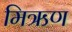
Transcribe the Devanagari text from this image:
मिऋण